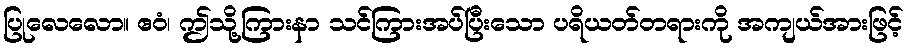
ပြုလေလော။ ဧဝံ၊ ဤသို့ကြားနာ သင်ကြားအပ်ပြီးသော ပရိယတ်တရားကို အကျယ်အားဖြင့်